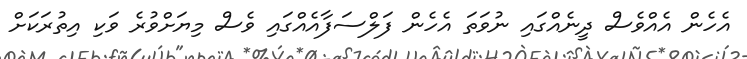
އެހެން އެއްވެސް ދީނެއްގައި ނުވަތަ އެހެން ފަލްސަފާއެއްގައި ވެސް މިޔަށްވުރެ ވަކި އިތުރަކަށް